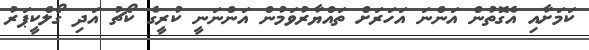
ކަމަށާއި އެގޮތުން އަންނަ އަހަރަށް ތައްޔާރުވަމުން އަންނަނީ ކުރީގެ ކޯޗު އަދި ގޯލްކީޕަރު